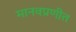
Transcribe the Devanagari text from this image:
मानवप्रणीत